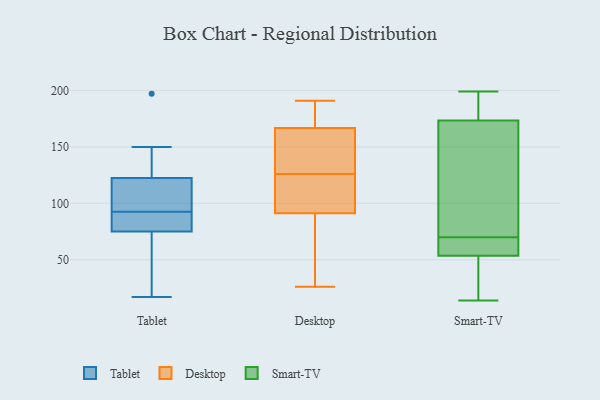
{"axis": {"x": "Conversion Rate (%)", "y": "Value"}, "legend": ["Desktop", "Smart-TV", "Tablet"], "data": [{"x": "", "y": 150, "type": "Tablet"}, {"x": "", "y": 95, "type": "Tablet"}, {"x": "", "y": 32, "type": "Tablet"}, {"x": "", "y": 105, "type": "Tablet"}, {"x": "", "y": 133, "type": "Tablet"}, {"x": "", "y": 62, "type": "Tablet"}, {"x": "", "y": 90, "type": "Tablet"}, {"x": "", "y": 17, "type": "Tablet"}, {"x": "", "y": 112, "type": "Tablet"}, {"x": "", "y": 88, "type": "Tablet"}, {"x": "", "y": 88, "type": "Tablet"}, {"x": "", "y": 197, "type": "Tablet"}, {"x": "", "y": 147, "type": "Desktop"}, {"x": "", "y": 90, "type": "Desktop"}, {"x": "", "y": 169, "type": "Desktop"}, {"x": "", "y": 39, "type": "Desktop"}, {"x": "", "y": 171, "type": "Desktop"}, {"x": "", "y": 122, "type": "Desktop"}, {"x": "", "y": 179, "type": "Desktop"}, {"x": "", "y": 126, "type": "Desktop"}, {"x": "", "y": 72, "type": "Desktop"}, {"x": "", "y": 26, "type": "Desktop"}, {"x": "", "y": 95, "type": "Desktop"}, {"x": "", "y": 160, "type": "Desktop"}, {"x": "", "y": 76, "type": "Desktop"}, {"x": "", "y": 96, "type": "Desktop"}, {"x": "", "y": 151, "type": "Desktop"}, {"x": "", "y": 120, "type": "Desktop"}, {"x": "", "y": 136, "type": "Desktop"}, {"x": "", "y": 191, "type": "Desktop"}, {"x": "", "y": 191, "type": "Desktop"}, {"x": "", "y": 78, "type": "Smart-TV"}, {"x": "", "y": 50, "type": "Smart-TV"}, {"x": "", "y": 189, "type": "Smart-TV"}, {"x": "", "y": 62, "type": "Smart-TV"}, {"x": "", "y": 106, "type": "Smart-TV"}, {"x": "", "y": 61, "type": "Smart-TV"}, {"x": "", "y": 169, "type": "Smart-TV"}, {"x": "", "y": 57, "type": "Smart-TV"}, {"x": "", "y": 14, "type": "Smart-TV"}, {"x": "", "y": 199, "type": "Smart-TV"}, {"x": "", "y": 43, "type": "Smart-TV"}, {"x": "", "y": 178, "type": "Smart-TV"}]}